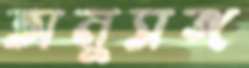
অনুসঙ্গ